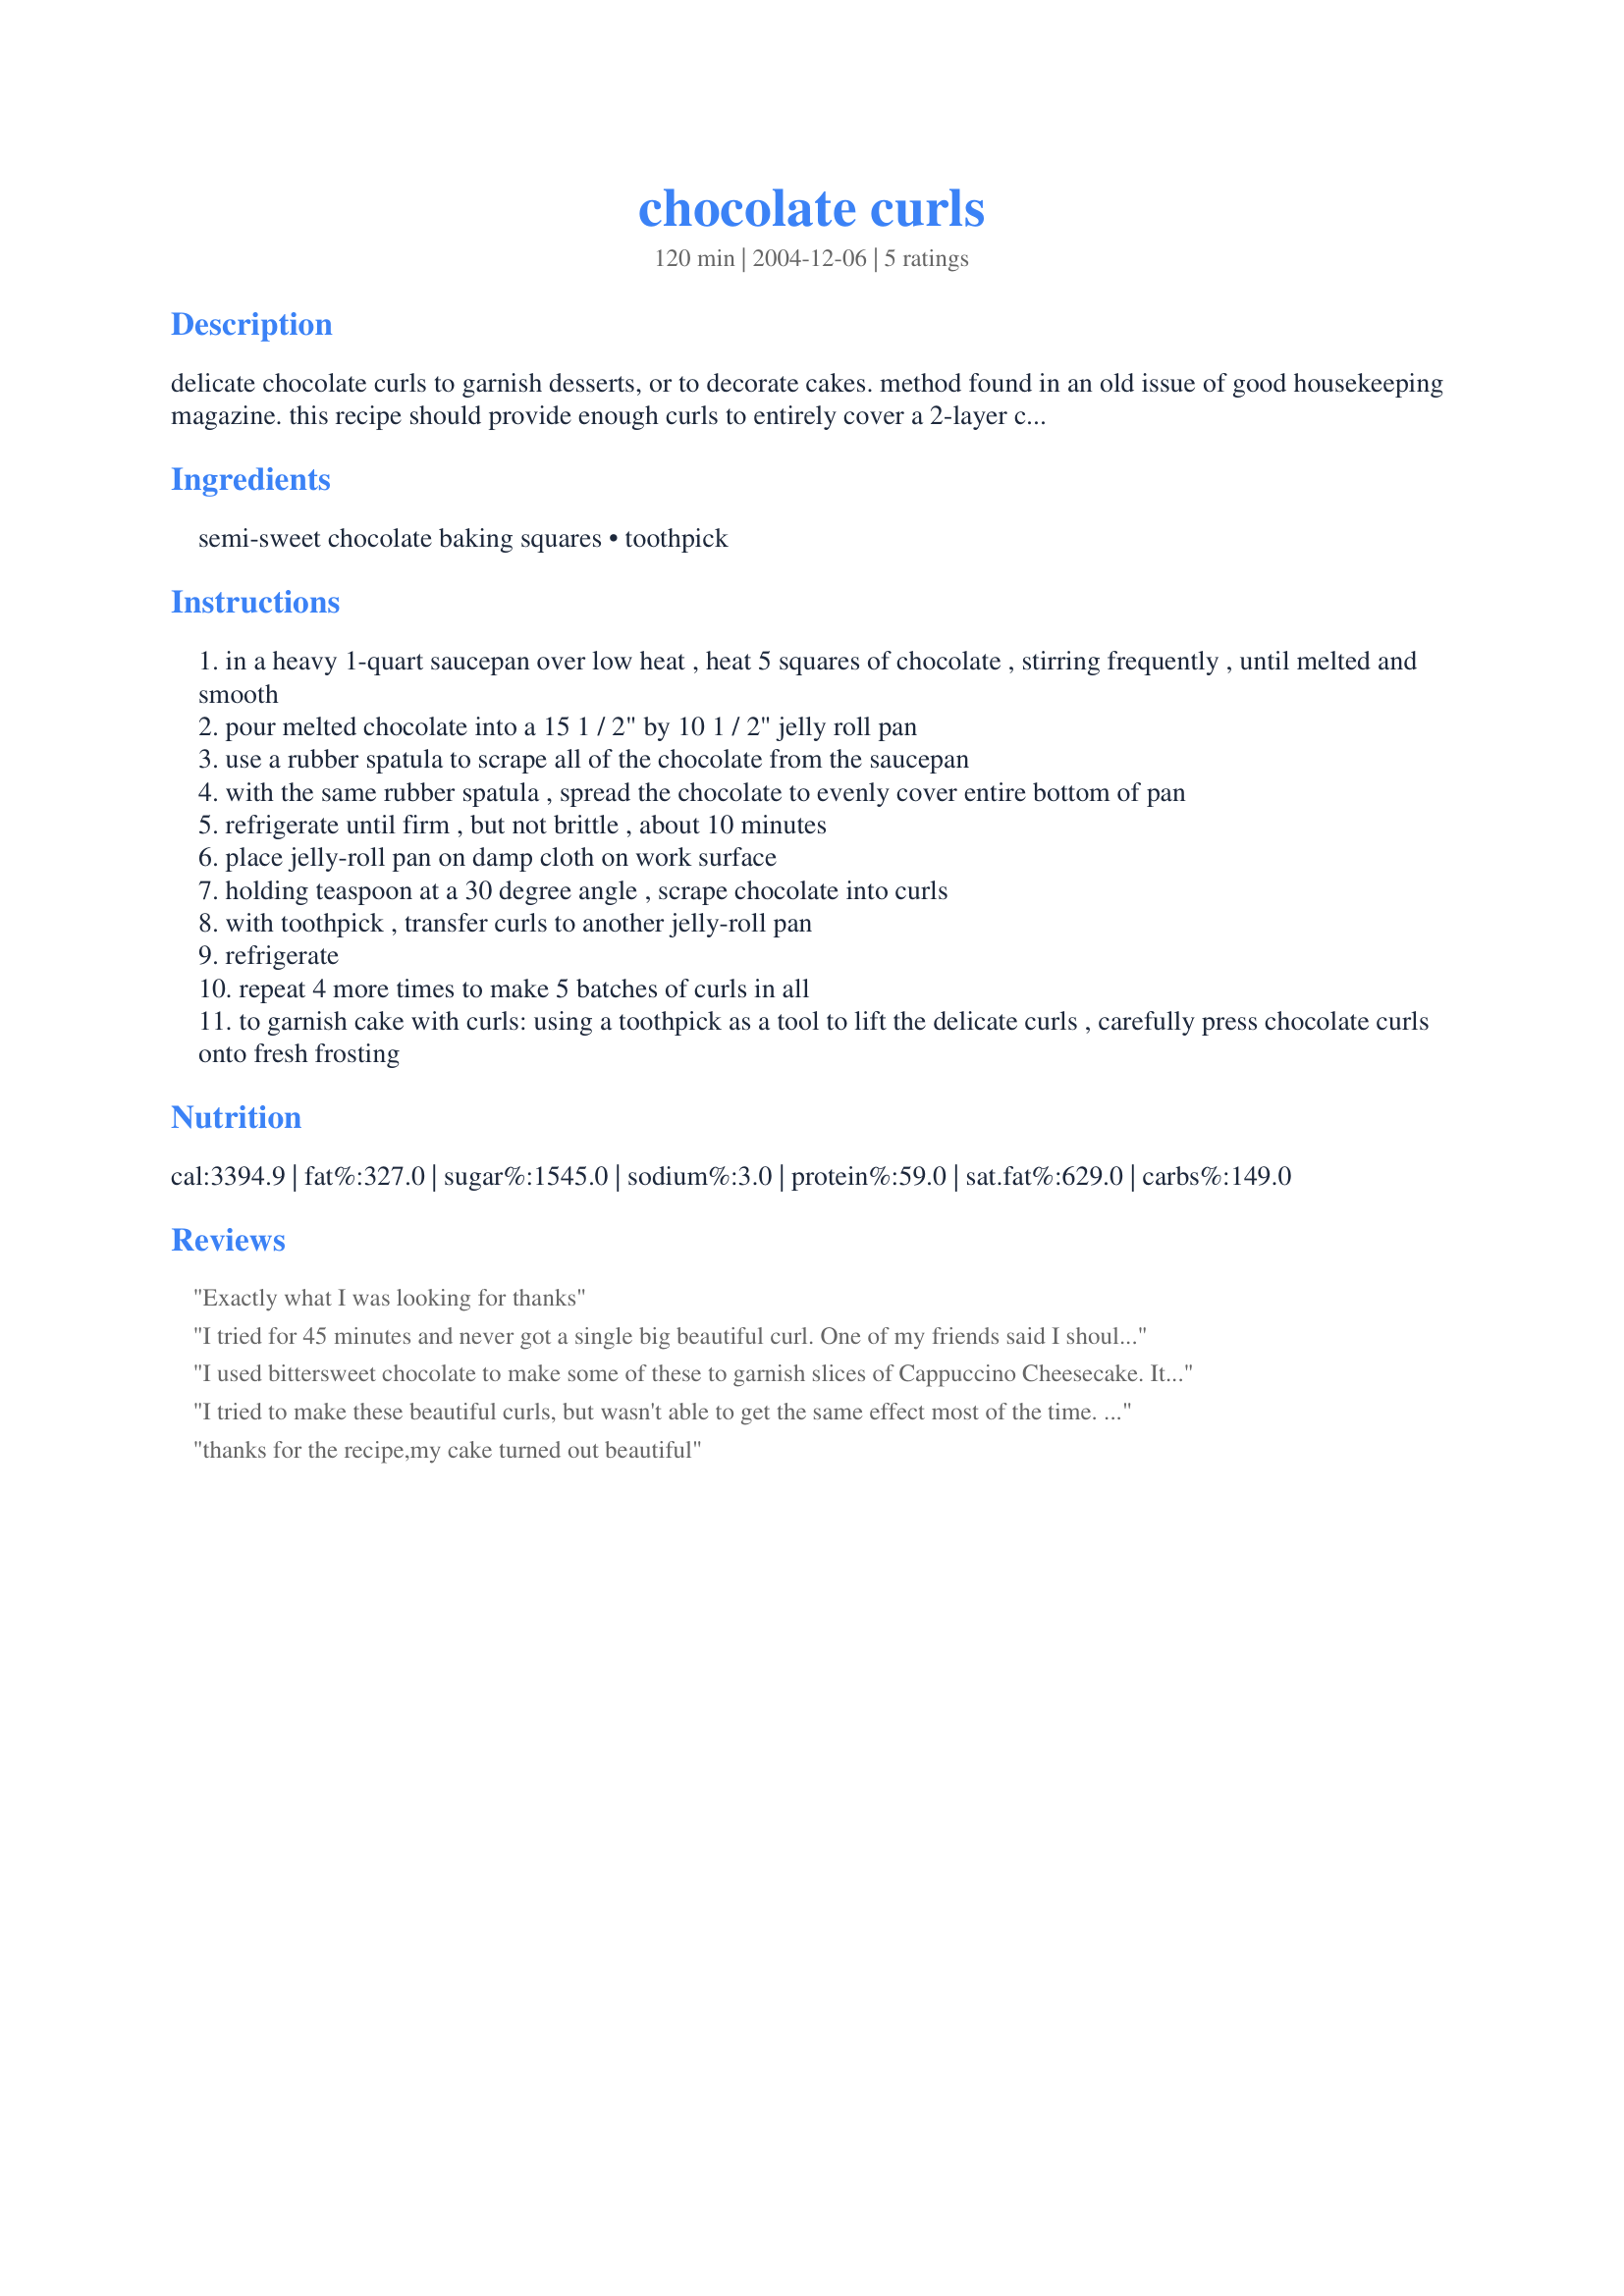
chocolate curls
Preparation time: 120 minutes

delicate chocolate curls to garnish desserts, or to decorate cakes. method found in an old issue of good housekeeping magazine. this recipe should provide enough curls to entirely cover a 2-layer cake. adjust as necessary for desired amount of curls. ***note***after submitting this recipe, i was informed that single ingredient recipes are not approved for this site. therefore, the toothpick was added to the ingredient list. this toothpick is only used as a tool to lift the curls, as the heat of your hands will melt the delicate chocolate. the curls will not stand up to being punctured by the toothpick. they are adhered to the cake using the fresh frosting as glue.

Ingredients:
semi-sweet chocolate baking squares, toothpick

Steps:
in a heavy 1-quart saucepan over low heat , heat 5 squares of chocolate , stirring frequently , until melted and smooth
pour melted chocolate into a 15 1 / 2" by 10 1 / 2" jelly roll pan
use a rubber spatula to scrape all of the chocolate from the saucepan
with the same rubber spatula , spread the chocolate to evenly cover entire bottom of pan
refrigerate until firm , but not brittle , about 10 minutes
place jelly-roll pan on damp cloth on work surface
holding teaspoon at a 30 degree angle , scrape chocolate into curls
with toothpick , transfer curls to another jelly-roll pan
refrigerate
repeat 4 more times to make 5 batches of curls in all
to garnish cake with curls: using a toothpick as a tool to lift the delicate curls , carefully press chocolate curls onto fresh frosting

Reviews:
Exactly what I was looking for thanks
I tried for 45 minutes and never got a single big beautiful curl. One of my friends said I shouldn't have used Ghardelli semi-sweet chocolate because it doesn't have enough fat content. Maybe that was the problem. The chocolate shavings that I produced instead still looked nice.
I used bittersweet chocolate to make some of these to garnish slices of <a href="/31083">Cappuccino Cheesecake</a>. It worked quite well, but I don't think I have the patience to make enough to cover an entire cake, like that gorgeous masterpiece you made. lol Thanks for posting!
I tried to make these beautiful curls, but wasn't able to get the same effect most of the time. It was important to keep the chocolate firm, so I had to return it to the frig every few minutes. I did get some nice flakes that were less curly, so I was pretty pleased.
thanks for the recipe,my cake turned out beautiful
